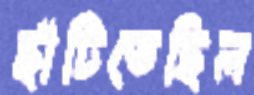
ছাঁটিতেছিল